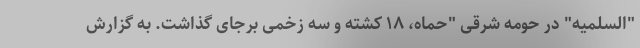
"السلمیه" در حومه شرقی "حماه، ۱۸ کشته و سه زخمی برجای گذاشت. به گزارش